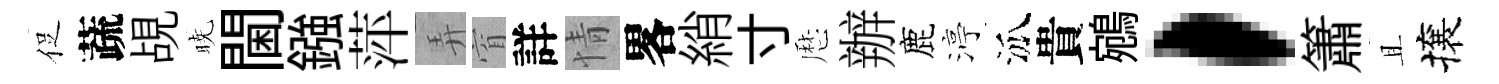
促蔬覘暁閫鏹萍弄窅詳情畧綃寸厯辦鹿渟泒貴鵷，簫且攘